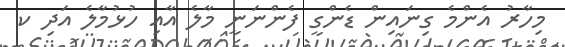
މިހާރު އެންމެ ގިނައިން ޑެންގީ ފެންނަނީ މާލެ އާއި ހުޅުމާލެ އަދި ކ